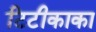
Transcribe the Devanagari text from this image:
टिटीकाका